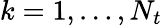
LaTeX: k=1,\ldots,N_{t}